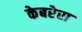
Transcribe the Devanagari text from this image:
केबरेरा